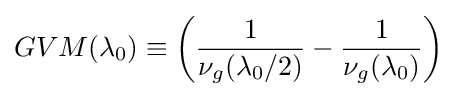
GVM(\lambda _{0})\equiv \left({\frac {1}{\nu _{g}(\lambda _{0}/2)}}-{\frac {1}{\nu _{g}(\lambda _{0})}}\right)